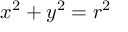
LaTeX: x ^ { 2 } + y ^ { 2 } = r ^ { 2 }